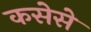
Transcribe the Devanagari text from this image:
कसेसे